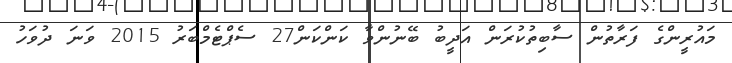
މައުރީންގެ ފަރާތުން ސާބިތުކުރަން އަދީބު ބޭނުންވާ ކަންކަން27 ސެޕްޓެމްބަރު 2015 ވަނަ ދުވަހު